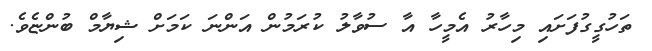
ތަހުގީގުފަށައި މިހާރު އެމީހާ އާ ސުވާލު ކުރަމުން އަންނަ ކަމަށް ޝިޔާމް ބުންޏެވެ.